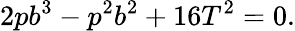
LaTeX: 2pb^{3}-p^{2}b^{2}+16T^{2}=0.